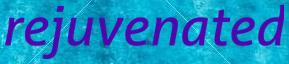
rejuvenated